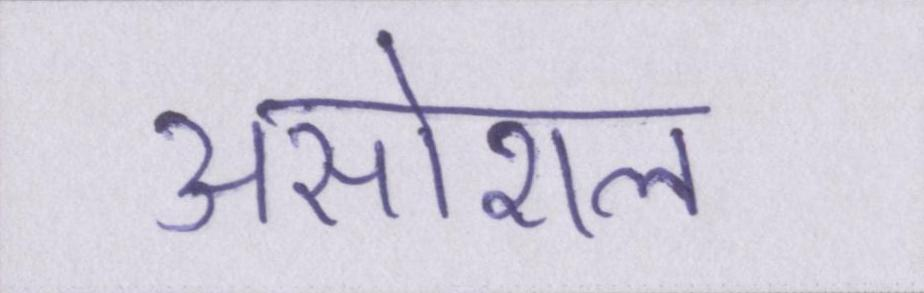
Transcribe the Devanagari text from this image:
असोशल